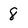
Character: 8